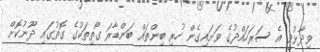
ވިދާޅުވީ އެ ސަރަހައްދުގެ ވަށައިގެން ހުރި ބިންތައް ބަންޑާރަ ގޯތިތަކުގެ ގޮތުގައި ދޫނުކޮށް